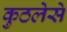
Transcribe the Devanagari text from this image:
कुठलेसे